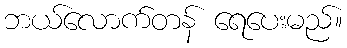
ဘယ်လောက်တန် ရေပေးမည်။